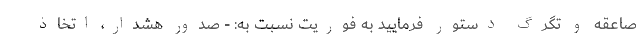
صاعقه و تگرگ دستور فرمایید به فوریت نسبت به: - صدور هشدار، اتخاذ